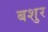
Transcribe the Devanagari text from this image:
बशुर